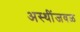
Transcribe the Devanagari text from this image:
अस्थींजवळ